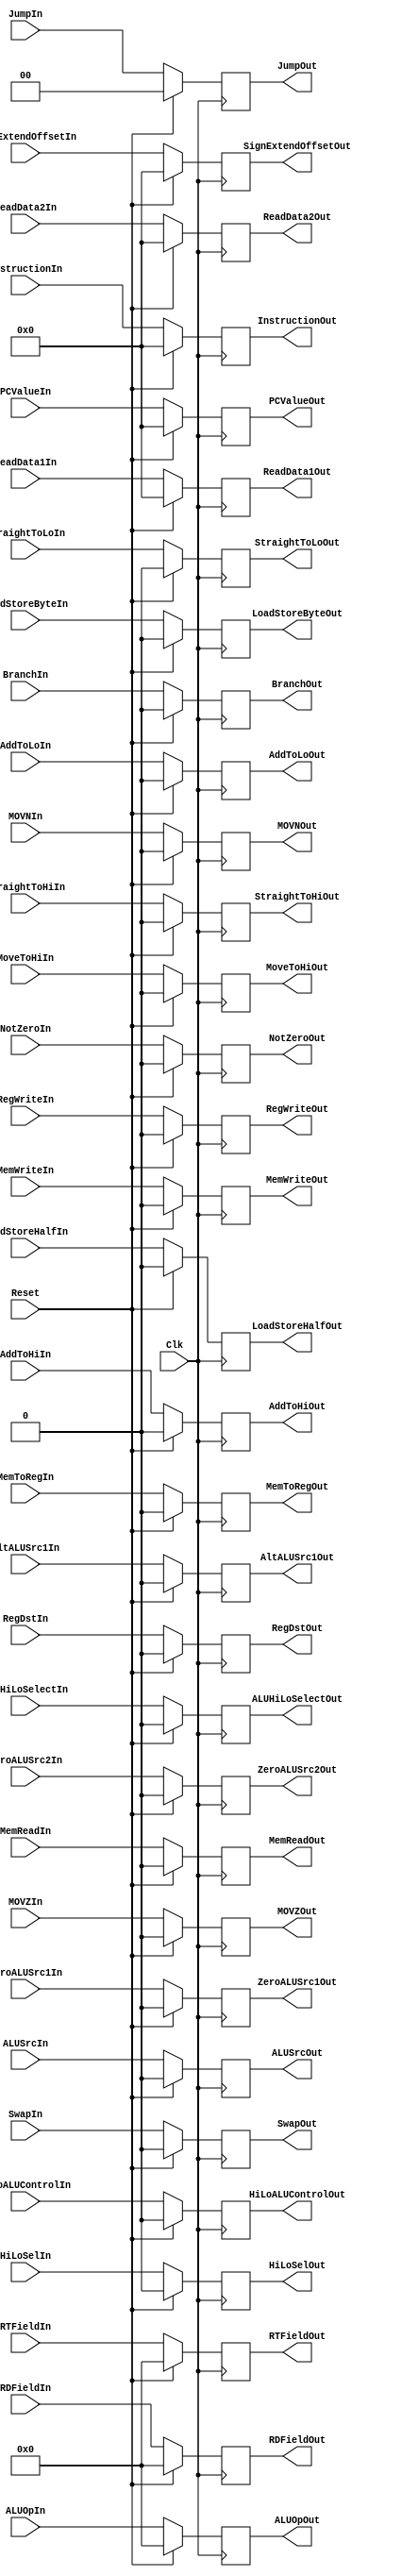
`timescale 1ns / 1ps

////////////////////////////////////////////////////////////////////////////////
// ECE369 - Computer Architecture
//
// Student(s) Name and Last Name:   Derek McMullen
//                                  Brett Bushnell
// Module - EX_Mem_PipeReg.v
// Description - Implements a register between ID and EX stage of processor
////////////////////////////////////////////////////////////////////////////////

module ID_EX_PipeReg(Reset, BranchIn, MemReadIn, MemWriteIn, RegWriteIn, MemToRegIn, RegDstIn, ALUOpIn, ALUSrcIn, HiLoALUControlIn, AddToHiIn, AddToLoIn, MoveToHiIn, HiLoSelIn, AltALUSrc1In, ZeroALUSrc1In, ZeroALUSrc2In, SwapIn, ALUHiLoSelectIn, MOVNIn, MOVZIn, StraightToHiIn, StraightToLoIn, LoadStoreByteIn, LoadStoreHalfIn, NotZeroIn, JumpIn, PCValueIn, ReadData1In, ReadData2In, SignExtendOffsetIn, RDFieldIn, RTFieldIn, InstructionIn, Clk, BranchOut, MemReadOut, MemWriteOut, RegWriteOut, MemToRegOut, RegDstOut, ALUOpOut, ALUSrcOut, HiLoALUControlOut, AddToHiOut, AddToLoOut, MoveToHiOut, HiLoSelOut, AltALUSrc1Out, ZeroALUSrc1Out, ZeroALUSrc2Out, SwapOut, ALUHiLoSelectOut, MOVNOut, MOVZOut, StraightToHiOut, StraightToLoOut, LoadStoreByteOut, LoadStoreHalfOut, NotZeroOut, JumpOut, PCValueOut, ReadData1Out, ReadData2Out, SignExtendOffsetOut, RDFieldOut, RTFieldOut, InstructionOut);

	/* Control Signals*/
    output reg BranchOut; 
    output reg MemReadOut; 
    output reg MemWriteOut; 
    output reg RegWriteOut; 
    output reg MemToRegOut;
    output reg RegDstOut; 
    output reg [4:0] ALUOpOut; 
    output reg ALUSrcOut;
    output reg HiLoALUControlOut, AddToHiOut, AddToLoOut, MoveToHiOut, HiLoSelOut;
    output reg AltALUSrc1Out; 
    output reg ZeroALUSrc1Out;
    output reg ZeroALUSrc2Out;
    output reg SwapOut;
    output reg ALUHiLoSelectOut; 
    output reg MOVNOut; 
    output reg MOVZOut; 
    output reg StraightToHiOut; 
    output reg StraightToLoOut;
    output reg LoadStoreByteOut;
    output reg LoadStoreHalfOut;
    output reg NotZeroOut; 
    output reg [1:0] JumpOut; 
    
    output reg [31:0] PCValueOut;
    output reg [31:0] ReadData1Out;
    output reg [31:0] ReadData2Out;
    output reg [31:0] SignExtendOffsetOut;
    output reg [4:0] RDFieldOut; 
    output reg [4:0] RTFieldOut;
    output reg [31:0] InstructionOut; 
    
    /* Control Signals*/
    input Reset; 
    //input Stall; 
    input BranchIn; 
    input MemReadIn; 
    input MemWriteIn; 
    input RegWriteIn; 
    input MemToRegIn; 
    input RegDstIn; 
    input [4:0] ALUOpIn; 
    input ALUSrcIn;
    input HiLoALUControlIn, AddToHiIn, AddToLoIn, MoveToHiIn, HiLoSelIn;
    input AltALUSrc1In; 
    input ZeroALUSrc1In;
    input ZeroALUSrc2In;
    input SwapIn;
    input ALUHiLoSelectIn; 
    input MOVNIn; 
    input MOVZIn; 
    input StraightToHiIn; 
    input StraightToLoIn;
    input LoadStoreByteIn;
    input LoadStoreHalfIn;
    input NotZeroIn; 
    input [1:0] JumpIn; 
    
    input [31:0] PCValueIn;
    input [31:0] ReadData1In;
    input [31:0] ReadData2In;
    input [31:0] SignExtendOffsetIn;
    input [4:0] RDFieldIn; 
    input [4:0] RTFieldIn;
    input [31:0] InstructionIn; 
    input Clk; 
        
    always @ (posedge Clk)
        begin
        
        if (Reset == 1) begin
            BranchOut <= 0; 
            MemReadOut <= 0; 
            MemWriteOut <= 0; 
            RegWriteOut <= 0; 
            MemToRegOut <= 0;
            RegDstOut <= 0; 
            ALUOpOut <= 0; 
            ALUSrcOut <= 0;
            HiLoALUControlOut <= 0; 
            AddToHiOut <= 0; 
            AddToLoOut <= 0; 
            MoveToHiOut <= 0; 
            HiLoSelOut <= 0; 
            AltALUSrc1Out <= 0; 
            ZeroALUSrc1Out <= 0;
            ZeroALUSrc2Out <= 0;
            SwapOut <= 0;
            ALUHiLoSelectOut <= 0; 
            MOVNOut <= 0; 
            MOVZOut <= 0; 
            StraightToHiOut <= 0; 
            StraightToLoOut <= 0;
            LoadStoreByteOut <= 0;
            LoadStoreHalfOut <= 0;
            NotZeroOut <= 0; 
            JumpOut <= 0;
            
            PCValueOut <= 0; 
            ReadData1Out <= 0;
            ReadData2Out <= 0;
            SignExtendOffsetOut <= 0;
            RDFieldOut <= 0; 
            RTFieldOut <= 0;
            InstructionOut <= 0; 
        end
        else begin
            BranchOut <= BranchIn; 
            MemReadOut <= MemReadIn; 
            MemWriteOut <= MemWriteIn; 
            RegWriteOut <= RegWriteIn; 
            MemToRegOut <= MemToRegIn;
            RegDstOut <= RegDstIn; 
            ALUOpOut <= ALUOpIn; 
            ALUSrcOut <= ALUSrcIn;
            HiLoALUControlOut <= HiLoALUControlIn; 
            AddToHiOut <= AddToHiIn; 
            AddToLoOut <= AddToLoIn; 
            MoveToHiOut <= MoveToHiIn; 
            HiLoSelOut <= HiLoSelIn; 
            AltALUSrc1Out <= AltALUSrc1In; 
            ZeroALUSrc1Out <= ZeroALUSrc1In;
            ZeroALUSrc2Out <= ZeroALUSrc2In;
            SwapOut <= SwapIn;
            ALUHiLoSelectOut <= ALUHiLoSelectIn; 
            MOVNOut <= MOVNIn; 
            MOVZOut <= MOVZIn; 
            StraightToHiOut <= StraightToHiIn; 
            StraightToLoOut <= StraightToLoIn;
            LoadStoreByteOut <= LoadStoreByteIn;
            LoadStoreHalfOut <= LoadStoreHalfIn;
            NotZeroOut <= NotZeroIn; 
            JumpOut <= JumpIn;
            
            PCValueOut <= PCValueIn; 
            ReadData1Out <= ReadData1In;
            ReadData2Out <= ReadData2In;
            SignExtendOffsetOut <= SignExtendOffsetIn;
            RDFieldOut <= RDFieldIn; 
            RTFieldOut <= RTFieldIn;
            InstructionOut <= InstructionIn; 
        end
    end
endmodule